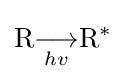
\mathrm {R} {\underset {hv}{\longrightarrow }}\mathrm {R} ^{*}